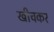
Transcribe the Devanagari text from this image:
खीचकर